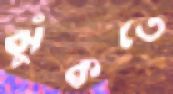
ঝুঁকতে